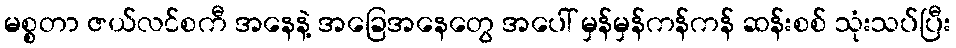
မစ္စတာ ဇယ်လင်စကီ အနေနဲ့ အခြေအနေတွေ အပေါ် မှန်မှန်ကန်ကန် ဆန်းစစ် သုံးသပ်ပြီး